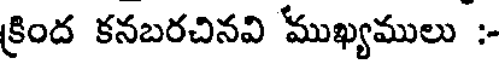
క్రింద కనబరచినవి 'ముఖ్యములు :-